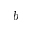
b